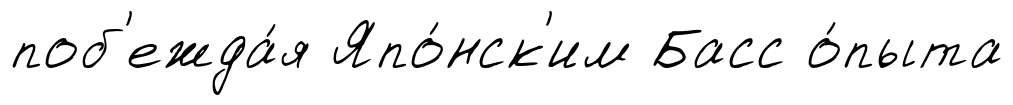
поб'ежда́я Япо́нск'им Басс о́пыта